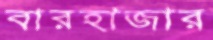
বারহাজার